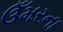
ઉઁમરના